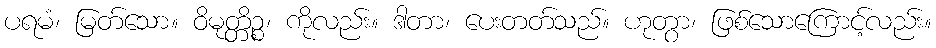
ပရမံ၊ မြတ်သော။ ဝိမုတ္တိဉ္စ၊ ကိုလည်း။ ဒါတာ၊ ပေးတတ်သည်။ ဟုတွာ၊ ဖြစ်သောကြောင့်လည်း။